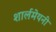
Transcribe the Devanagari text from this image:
शार्लमेयनी